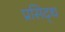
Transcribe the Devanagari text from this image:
प्रसिद्‍ध